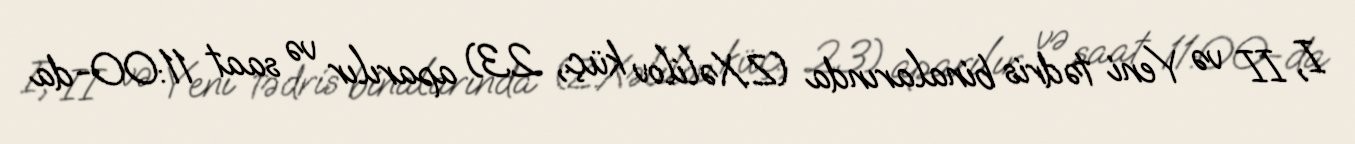
I, II və Yeni tədris binalarında (Z.Xəlilov küç., 23) aparılır və saat 11:00-da